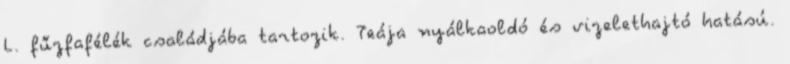
L. fűzfafélék családjába tartozik. Teája nyálkaoldó és vizelethajtó hatású.